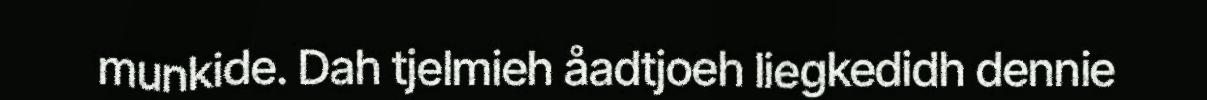
munkide. Dah tjelmieh åadtjoeh liegkedidh dennie